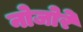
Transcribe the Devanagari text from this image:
नोजोरे